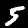
Label: 5